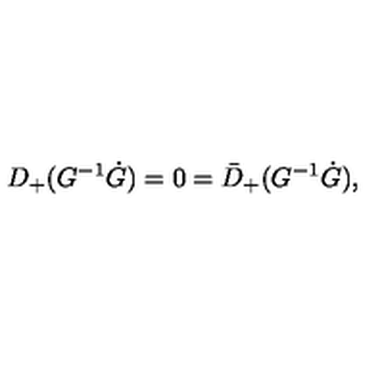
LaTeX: D _ { + } ( G ^ { - 1 } \dot { G } ) = 0 = \bar { D } _ { + } ( G ^ { - 1 } \dot { G } ) ,